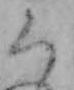
ち